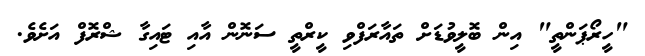
"ހީރޯޕަންތީ" އިން ބޮލީވުޑަށް ތައާރަފްވި ކީރްތީ ސަނޮން އާއި ޓައިގާ ޝްރޮފް އަށެވެ.